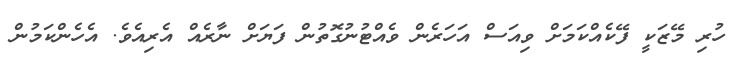
ހުރި މޭޒަކީ ފޭކެއްކަމަށް ވިއަސް އަހަރެން ވެއްޓުނުގޮތުން ފަޔަށް ނާރެއް އެރިއެވެ. އެހެންކަމުން